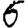
Digit: 6